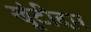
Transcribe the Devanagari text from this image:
खूंटीदार